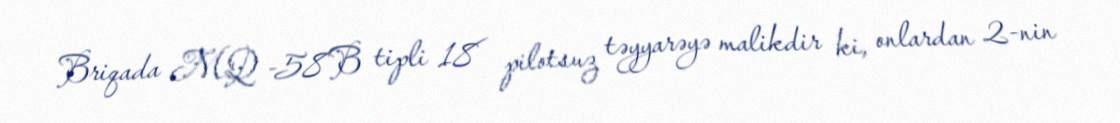
Briqada MQ -58B tipli 18 pilotsuz təyyarəyə malikdir ki, onlardan 2-nin